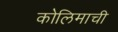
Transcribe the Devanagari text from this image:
कोलिमाची